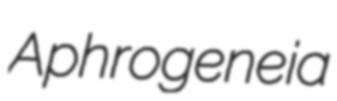
Aphrogeneia